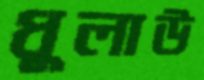
ধুলাউ